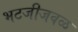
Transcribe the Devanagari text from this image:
भटजीजवळ